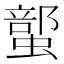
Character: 𲀇